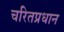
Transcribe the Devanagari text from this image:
चरितप्रधान